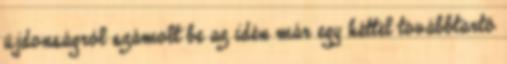
újdonságról számolt be az idén már egy héttel továbbtartó